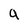
Character: 9